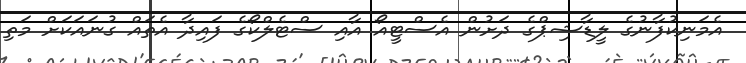
އެމަނިކުފާނުގެ ލީޑާޝިޕްގެ ދަށުން އެސްޓީއޯ އާއި ސްޓެލްކޯގެ ފައިދާ އެތައް ގުނައަކަށް މަތި